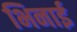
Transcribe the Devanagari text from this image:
भिनाई